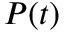
P ( t )